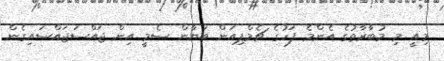
މިއީ މި މުބާރާތުގެ އެންމެ ފަހުގެ ޗެމްޕިއަން ބަޔާން ސެމީ އިން ޖައްސަޖައްސައިގެން